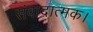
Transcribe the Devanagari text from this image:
संवादात्मक।